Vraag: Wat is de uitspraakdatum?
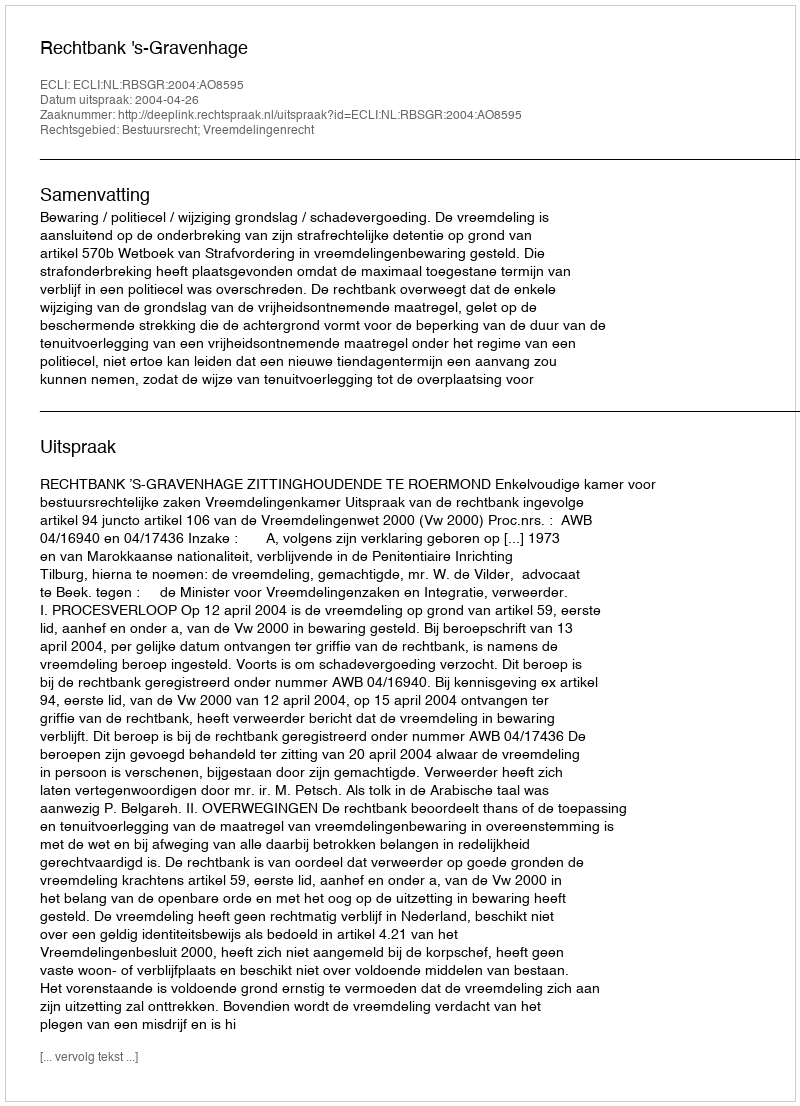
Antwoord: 2004-04-26